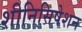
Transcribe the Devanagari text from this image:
शीनिसिषेशन